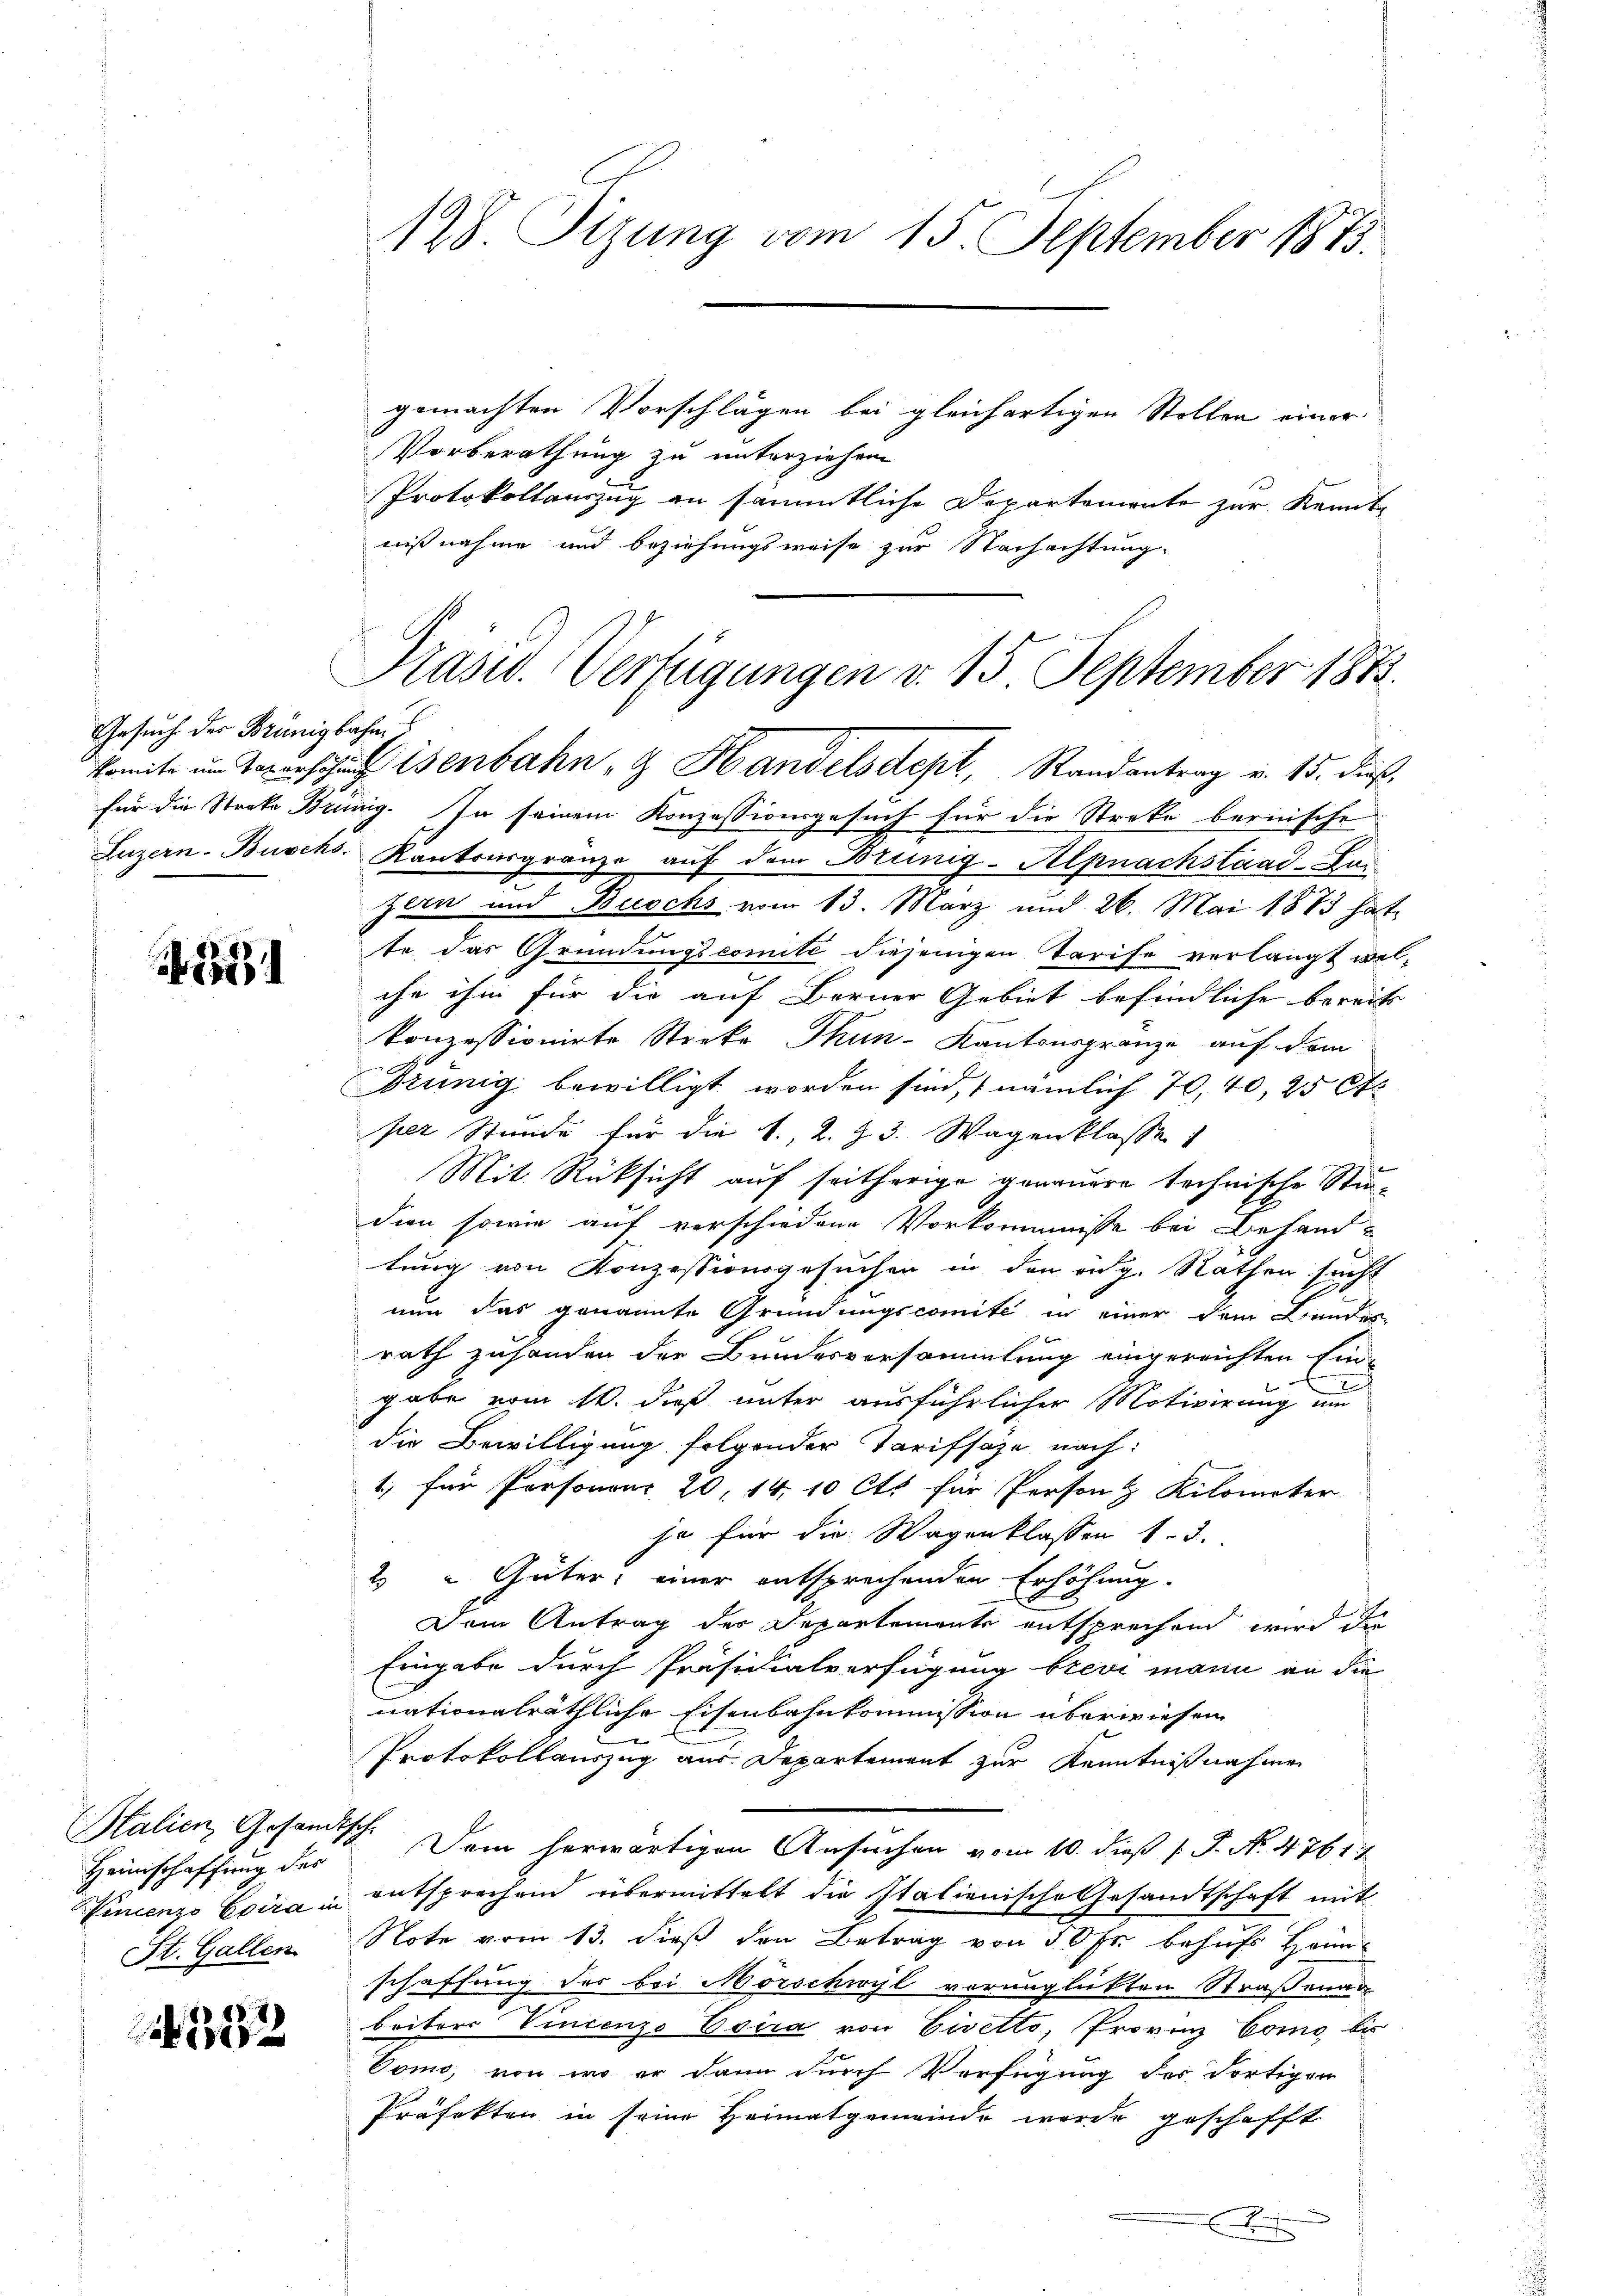
Gesuch der Brünigbahn

2

Italien, Gesandtsch
Heimschaffung des

322

128. Sizung vom 15. September 1873.

gemachten Vorschlägen bei gleichartigen Stollen einer
Vorberathung zu unterziehen
Protokollauszug an sämmtliche Departemente zur Kennt-
nißnahme und beziehungsweise zur Nachachtung.
für die Streke Brünig. In seinem Konzessionsgesuch für die Streke bernische
Luzern Buschs. Kantonsgränze auf dem Brünig-Alpnachstand -Lai
zern und Buschs vom 13. März und 26. Mai 1873 hat
te das Gründungscomite diejenigen Tarife verlangt wel-
che ihm für die auf Berner Gebiet befindliche bereits
konzessionirte Sticke Thun-Kantonsgrenze auf dem
x
Brünig bewilligt worden sind, nämlich 70, 40, 25 Cts
per Stunde für die 1., 2. Z. 3. Wagenklasse
Mit Rücksicht auf seitherige genauere technische Stimdien sowie auf verschiedene Vorkommnisse bei Behandtung von Konzessionsgesuchen in den eidg. Rathen sucht
nun das genannte Gründungscomite in einer dem Bundes-
rath zusonden der Bundesversammlung eingereichten Ein-
E
gabe vom 16. dieß unter ausführlicher Motivirung um
die Bewilligung folgender Tarifsäze nach:
1, für Personenr 20, 14, 10 Cts für Person & Kilometer
ja für die Wagenklassen 1. 3.
2) " Güter, einer entsprechenden Erhöhung.
Dem Antrag der Departemente entsprechend wird die
Eingabe durch Präsidialverfügung brevi mann an die
nationalräthliche Eisenbahnkommission überwiesen
Protokollauszug aus Departement zur Kenntnißnahmen
Dein herwärtigen Ansuchen vom 10. dieß J. No. 4761/
Fincenzo Eoira u entsprechend übermittelt die Italienische Gesandtschaft mit
St. Gallen Note vom 13. dieß den Betrag von 50 Fr. behufs Heim-
schaffung des bei Mörschwyl verunglückten Straßenar
briters Vincenzo Esira von Eivetto, Provinz Como bis
Vomo, von wo er dann durch Verfügung des dortigen
Präfekten in seine Heimatgemeinde wurde geschafft

Prasw. Verfügungen v. 15. September 1873.
komite um Teporschung erbahn & Handelsdept, Randantrag v. 15. dieß,